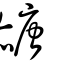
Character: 赯